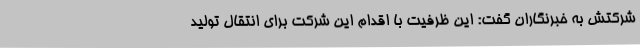
شرکتش به خبرنگاران گفت: این ظرفیت با اقدام این شرکت برای انتقال تولید